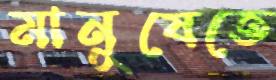
মানুষেতে